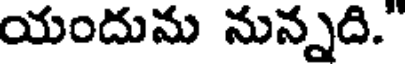
యందును నున్నది."